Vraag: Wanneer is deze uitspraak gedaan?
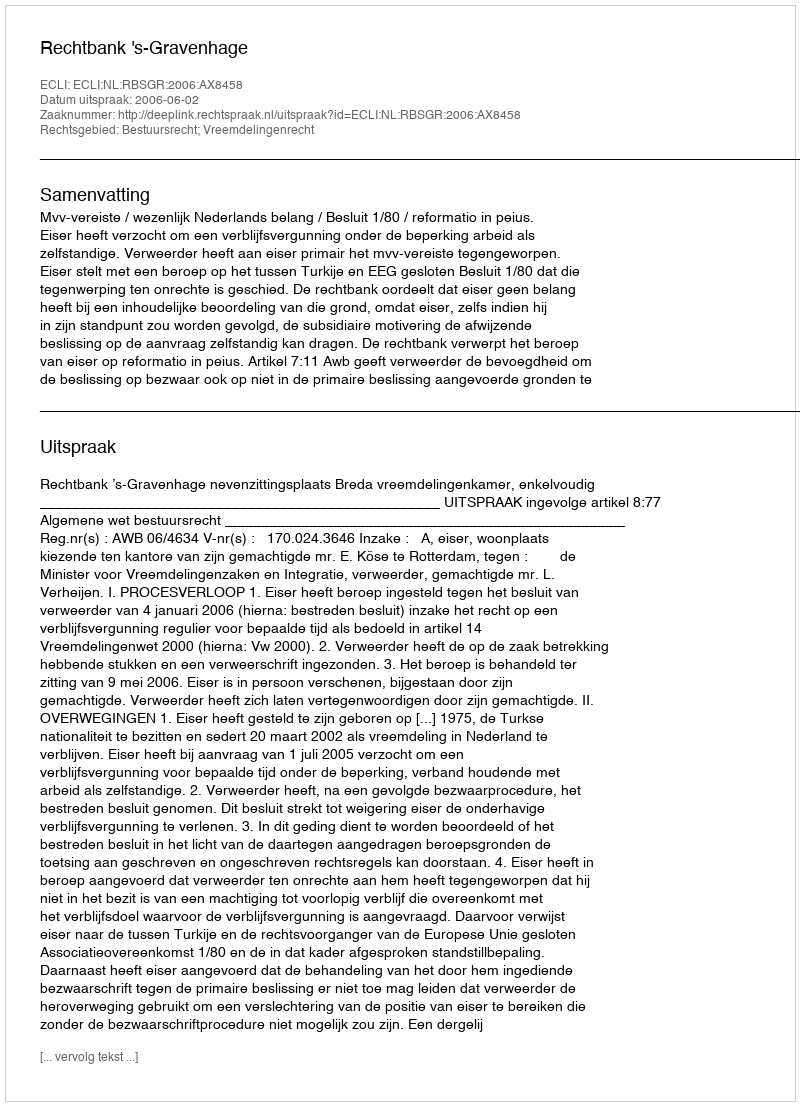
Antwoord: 2006-06-02